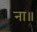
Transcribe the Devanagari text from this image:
ना॥